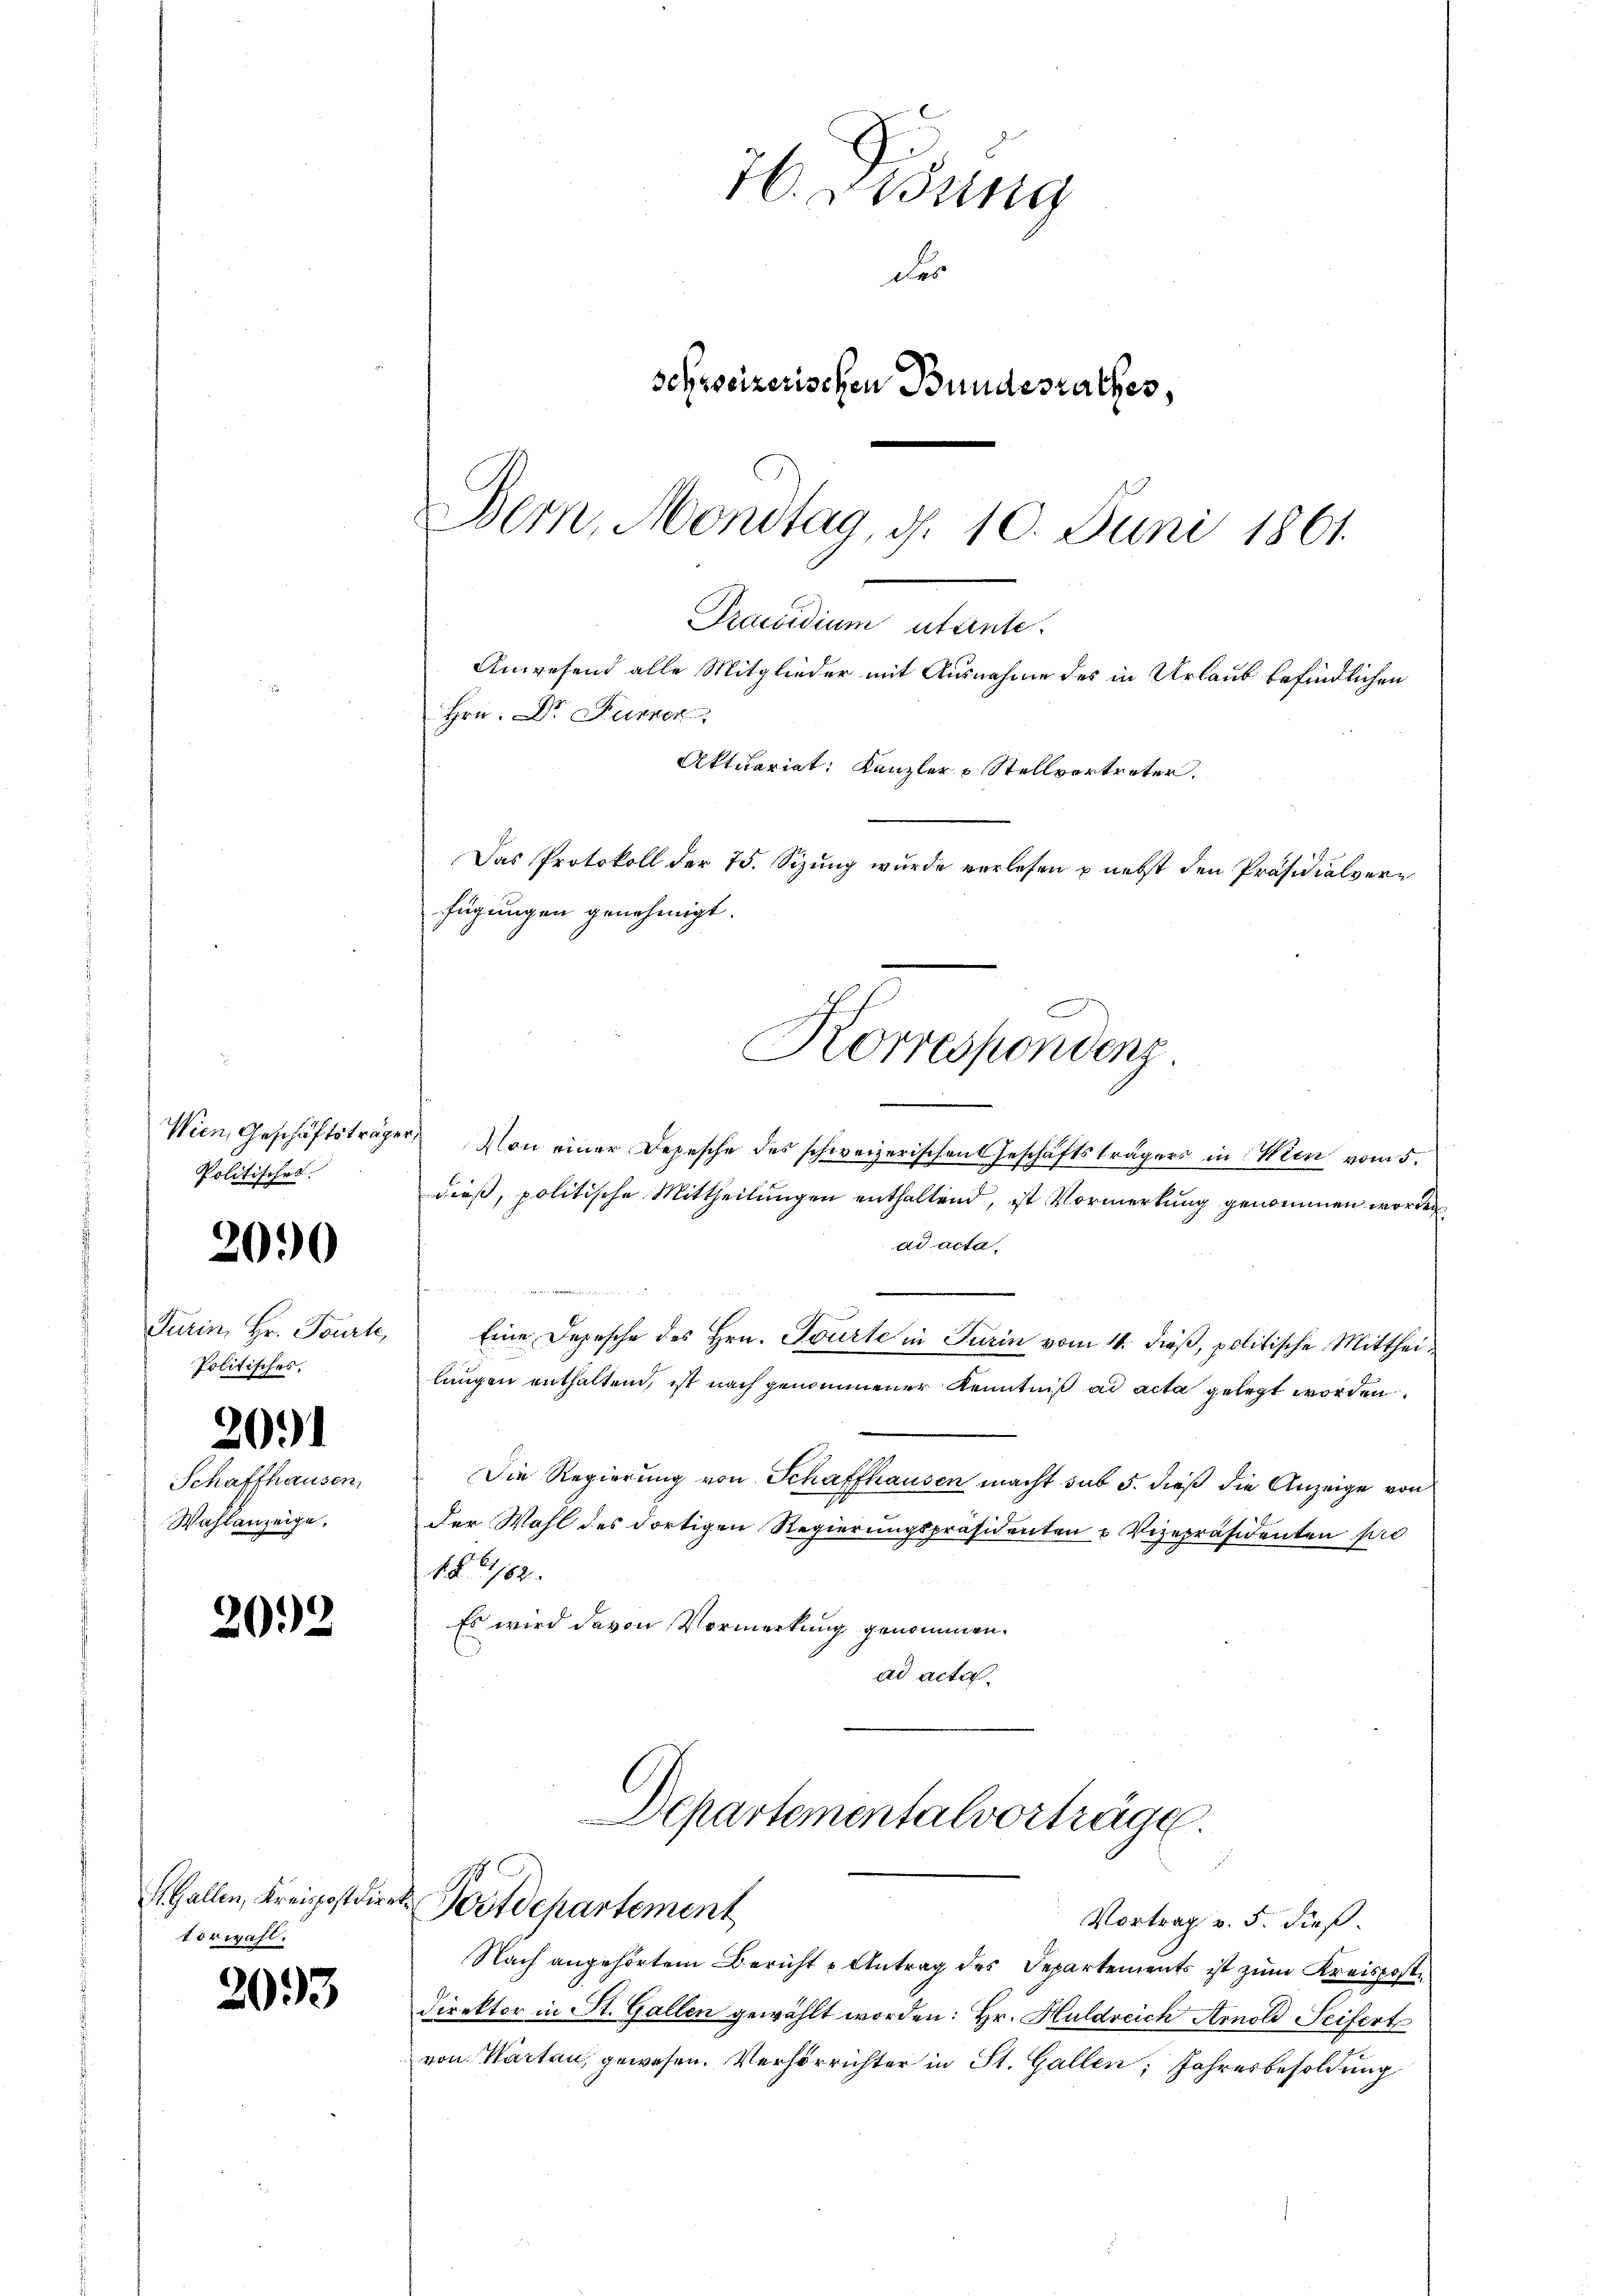
Wien, Geschäftsträger,
Politisches.

2090

Turin, Hr. Tourte,
Politisches.

2091

Schaffhausen,
Wahlanzeige.

20.)

torwahl.

2093

Praesidium utante.
Anwesend alle Mitglieder mit Ausnahme des in Urlaub befindlichen
Hrn. Dr. Fürper
Aktuariat: Kanzler & Stellvertreter.
Das Protokoll der 75. Sizung wurde verlesen & nebst den Präsidialverfügungen genehmigt.
Korrespondenz

16. Disung
der
schweizerischen Bundesrathes,
Bern, Monstag, d. 10. Juni 1861.

Departementalvorträge.
A. Gallen, Kreispostdirect. Postdepartement

Vortrag v. 5. dieß.
Nach angehörtem Bericht u Antrag des Departements ist zum Kreisposte
Direktor in St. Gallen gewählt worden: Hr. Huldreich Arnold Seifert
von Karten, gewesen. Verhörrichter in St. Gallen, Jahresbesoldung

Von einer Depesche des schweizerischen Geschäftsträgers in Wien vom 5.
dieß, politische Mittheilungen enthaltend, ist Vormerkung genommen worden,
ad acta,
e
Eine Depesche des Hrn. Tourte in Turin vom 14. dieß, politische Mittheilungen enthaltend, ist nach genommener Kenntniß ad acta gelegt worden.
Die Regierung von Schaffhausen macht sub 5. dieß die Anzeige von
Der Wahl des dortigen Regierungspräsidenten u Vizepräsidenten pro
1 § 162.
Es wird davon Vormerkung genommen.
ad acta.